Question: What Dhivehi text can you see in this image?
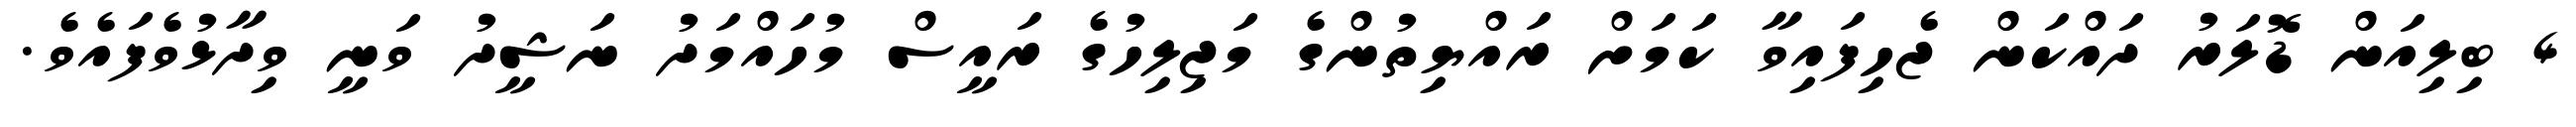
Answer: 4 ބިލިއަން ޑޮލަރު ދައްކަން ޖެހިފައިވާ ކަމަށް ރައްޔިތުންގެ މަޖިލިހުގެ ރައީސް މުހައްމަދު ނަޝީދު ވަނީ ވިދާޅުވެފައެވެ.